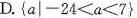
D.$$\left \{ a\mid -24<a<7 \right \}$$